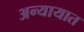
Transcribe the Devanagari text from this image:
अन्यायात